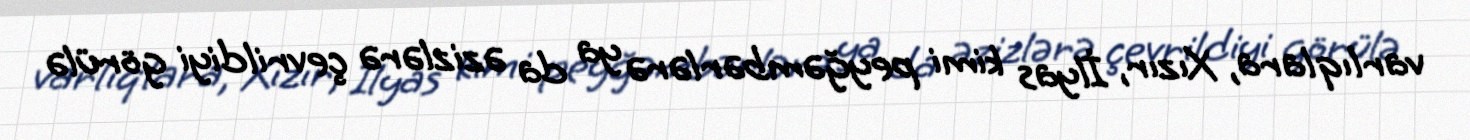
varlıqlara, Xızır, İlyas kimi peyğəmbərlərə ya da əzizlərə çevrildiyi görülə